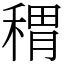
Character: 稩